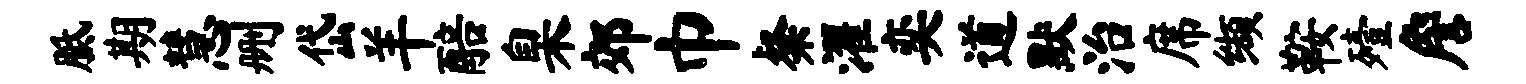
胝期慧删岱羊醅臬郊巾粲濯奕道默治席缬鞍殪詹